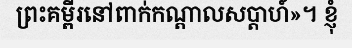
ព្រះគម្ពីរនៅពាក់កណ្តាលសប្តាហ៍»។ ខ្ញុំ